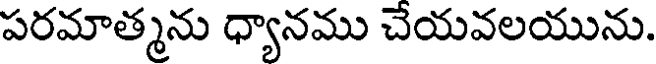
పరమాత్మను ధ్యానము చేయవలయును.